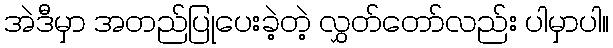
အဲဒီမှာ အတည်ပြုပေးခဲ့တဲ့ လွှတ်တော်လည်း ပါမှာပါ။